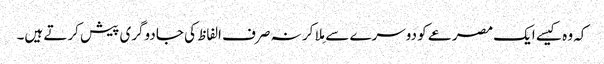
کہ وہ کیسے ایک مصرعے کو دوسرے سے مِلا کر نہ صرف الفاظ کی جادوگری پیش کرتے ہیں۔